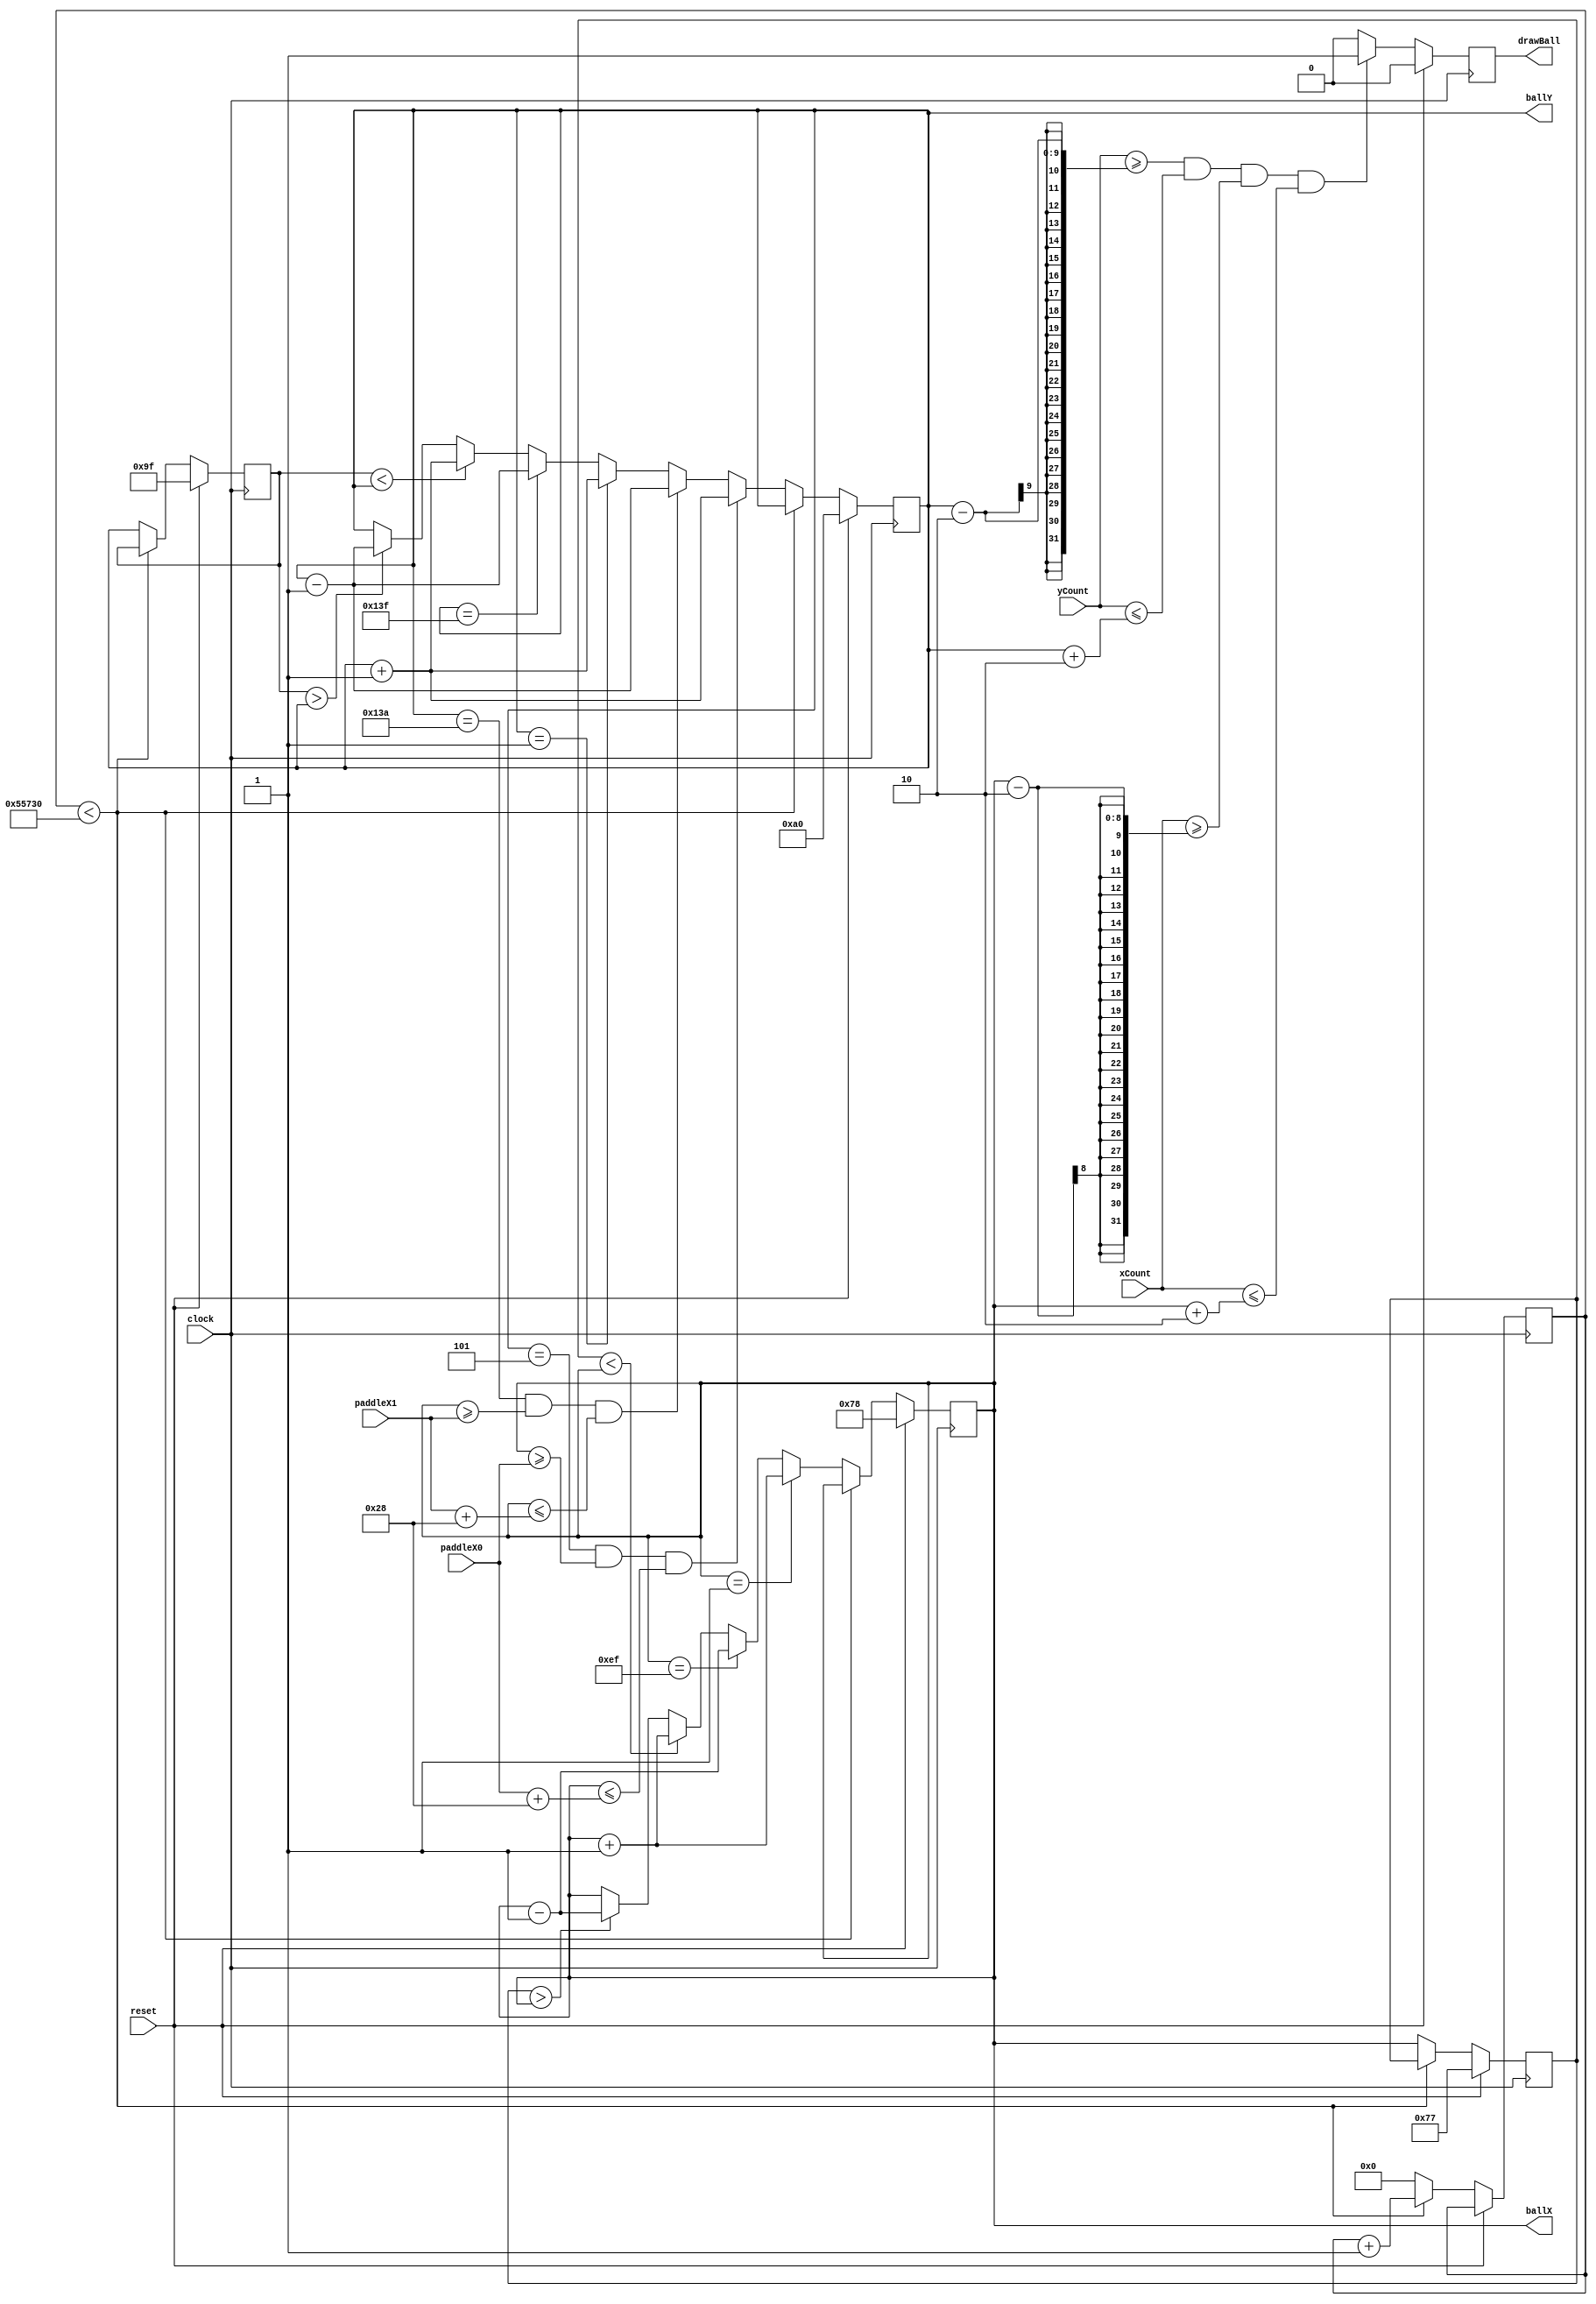
module BallControl #(
	parameter SPEED = 500000,
	parameter WIDTH = 240,
	parameter HEIGHT = 320,
	parameter PADDLE_SIZE = 40
)(
	input clock,
	input reset,
	input [7:0] xCount,
	input [8:0] yCount,
	input [7:0] paddleX0,
	input [7:0] paddleX1,
	
	output reg drawBall,
   output reg [7:0] ballX = 0,
   output reg [8:0] ballY = 0
);

//ball size
localparam SIZE = 2;

//increase the ball velocity for a mole challenging gameplay
localparam MOD_SPEED = SPEED - 150000;

//store previous position values to decide direction
//if previous value lower than current then ball moving forward and vice versa
//applies to both width and height movement
reg [7:0]  ballXP; 
reg [8:0]  ballYP;  
  
reg [31:0] ballCount = 0;

always @(posedge clock) begin

	//define starting position
	if (reset) begin
	
		ballX <= WIDTH/2;
		ballY <= HEIGHT/2;
		ballXP <= WIDTH/2 - 1;
		ballYP <= HEIGHT/2 - 1;
		
	end else begin

		if (ballCount < MOD_SPEED) begin
		
			ballCount <= ballCount + 1;
			
		end else begin
		
			ballCount <= 0;
			ballXP <= ballX;
			ballYP <= ballY;
			
			//First check if colliding with paddles, then if colliding with wall, then consdier direction
			if (ballY == 5 && ballX >= paddleX0 && ballX <= paddleX0 + PADDLE_SIZE) begin
			
				ballY <= ballY + 8'b1;
				
			end else if (ballY == HEIGHT - 6 && ballX >= paddleX1 && ballX <= paddleX1 + PADDLE_SIZE) begin
			
				ballY <= ballY - 8'b1;
				
			end else if (ballY == 1) begin
			
				ballY <= ballY + 8'b1;
				
			end else if (ballY == HEIGHT - 1) begin
			
				ballY <= ballY - 8'b1;
				
			end else if (ballYP < ballY) begin
			
				ballY <= ballY + 8'b1;
				
			end else if (ballYP > ballY) begin
			
				ballY <= ballY - 8'b1;
				
			end
			
			//for X, only check if at wall, then consider direction
			if (ballX == 1) begin
			
				ballX <= ballX + 8'b1;
				
			end else if (ballX == WIDTH - 1) begin
			
				ballX <= ballX - 8'b1;
				
			end else if (ballXP < ballX) begin
			
				ballX <= ballX + 8'b1;
				
			end else if (ballXP > ballX) begin
			
				ballX <= ballX - 8'b1;
				
			end
		end	
	end
end 

always @(posedge clock) begin

	if(reset)begin
	
		drawBall <= 1'b0;
		
	end else begin

		if (yCount >= ballY - SIZE && yCount <= ballY + SIZE  && xCount >= ballX - SIZE && xCount <= ballX + SIZE) begin
		
			drawBall <= 1'b1;
			
		end else begin
		
			drawBall <= 1'b0;
			
		end
	end
end 


endmodule